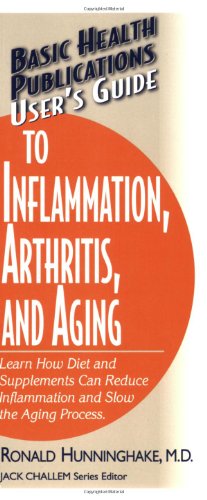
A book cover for User's Guide to Inflammation, Arthritis, and Aging (Basic Health Publications User's Guide); Ronald Hunninghake; Health, Fitness & Dieting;